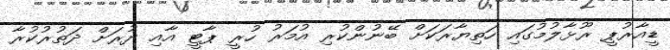
ޑީއާރުޕީ ރޫޅާލުމުގައި ހަތިޔާރަކަށް ބޭނުންކުރި އުމަރު ހުރީ ޕާޓީ އާއި ދުރަށް ދަތުރުކުރާ